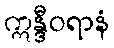
ဣန္ဒီဝရာနံ